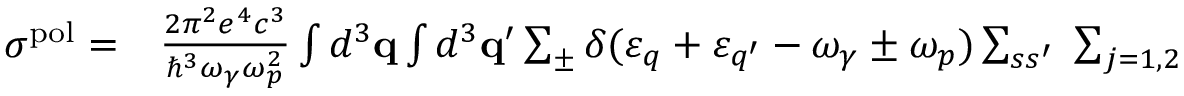
\begin{array} { r l } { \sigma ^ { \mathrm { p o l } } = } & { { } \frac { 2 \pi ^ { 2 } e ^ { 4 } c ^ { 3 } } { \hbar ^ { 3 } \omega _ { \gamma } \omega _ { p } ^ { 2 } } \int d ^ { 3 } { \bf q } \int d ^ { 3 } { \bf q } ^ { \prime } \sum _ { \pm } \delta ( \varepsilon _ { q } + \varepsilon _ { q ^ { \prime } } - \omega _ { \gamma } \pm \omega _ { p } ) \sum _ { s s ^ { \prime } } \; \sum _ { j = 1 , 2 } } \end{array}